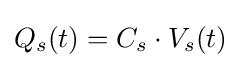
Q_{s}(t)=C_{s}\cdot V_{s}(t)